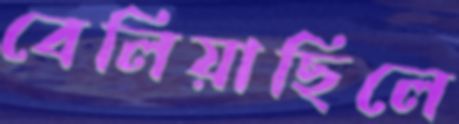
বেলিয়াছিলে